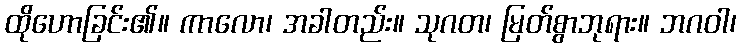
ထိုဟောခြင်း၏။ ကာလော၊ အခါတည်း။ သုဂတ၊ မြတ်စွာဘုရား။ ဘဂဝါ၊